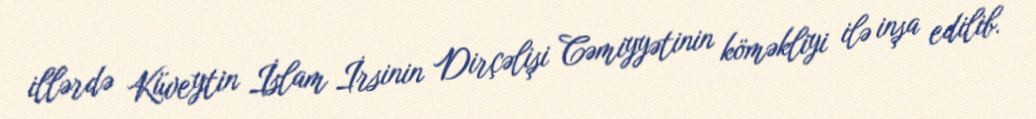
illərdə Küveytin İslam İrsinin Dirçəlişi Cəmiyyətinin köməkliyi ilə inşa edilib.